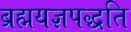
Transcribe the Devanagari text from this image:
ब्रह्मयज्ञपद्धति